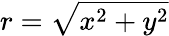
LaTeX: r=\sqrt{x^{2}+y^{2}}